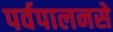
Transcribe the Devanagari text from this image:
पर्वपालनसे